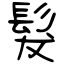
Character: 髮